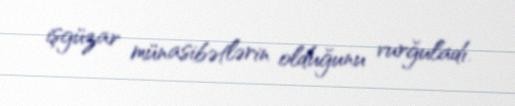
işgüzar münasibətlərin olduğunu vurğuladı.